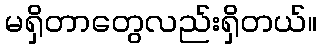
မရှိတာတွေလည်းရှိတယ်။